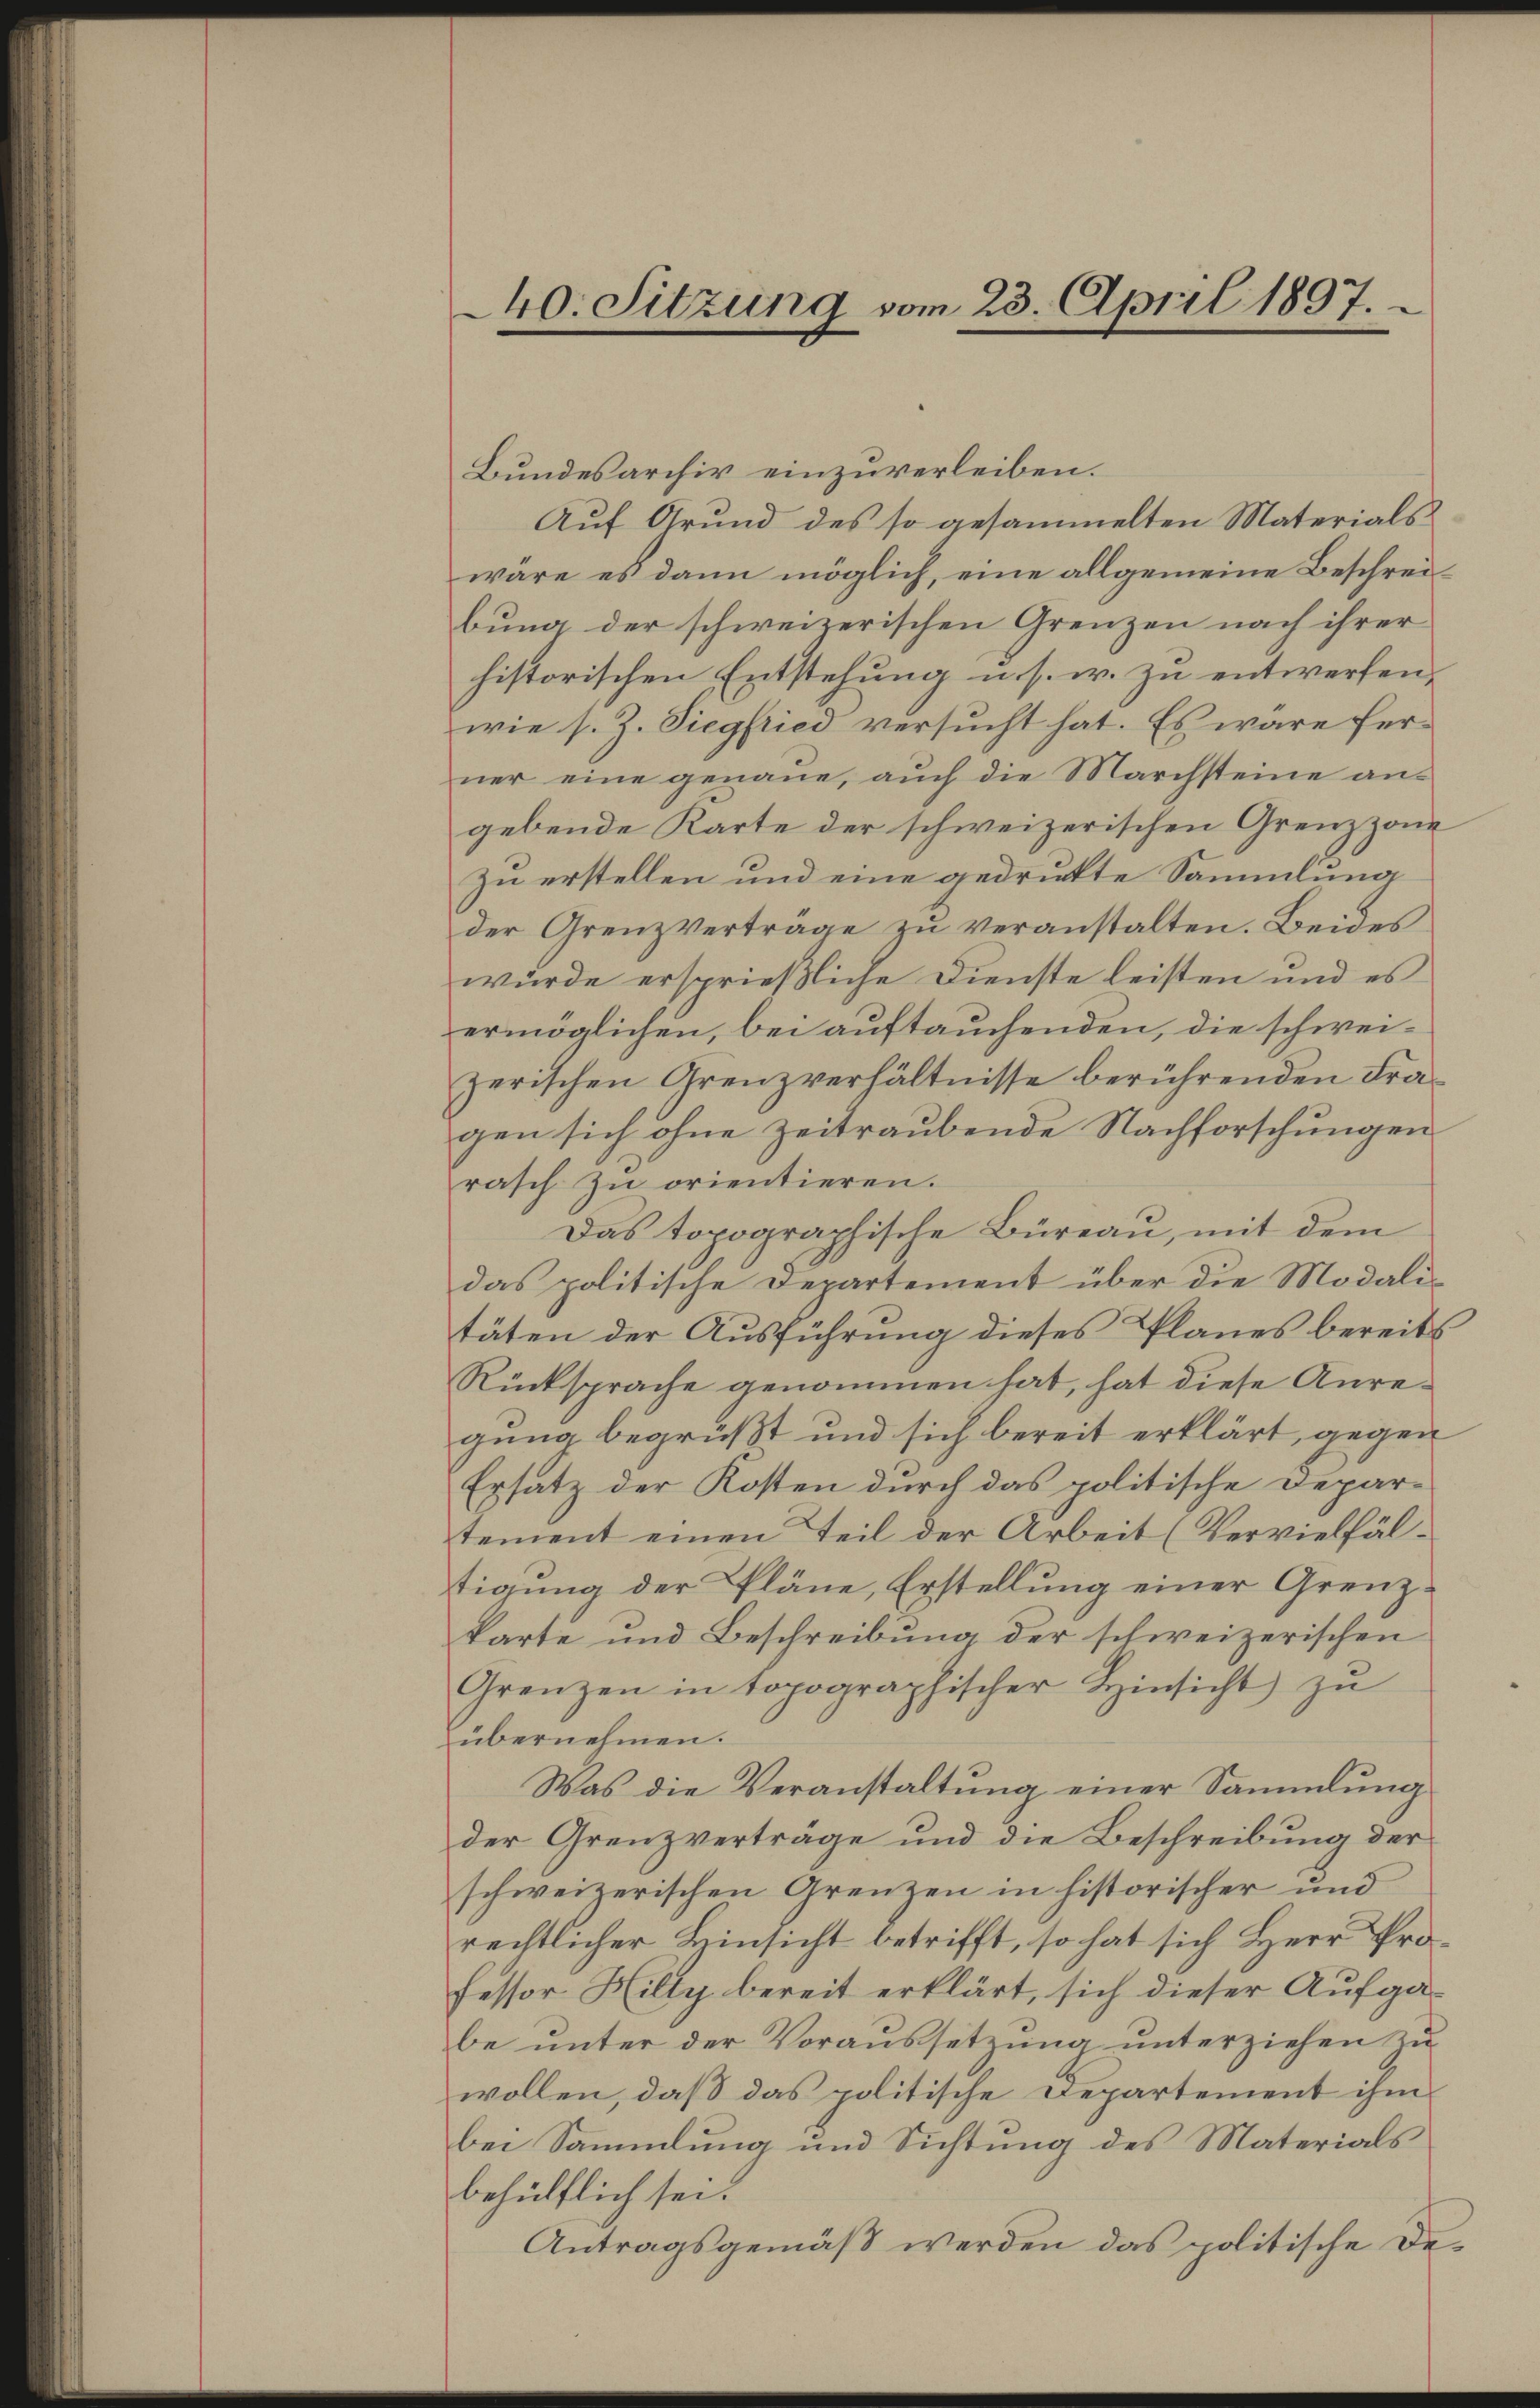
40. Sitzung vom 23. April 1897.

Bundesarchiv einzuverleiben.
Auf Grund des so gesammelten Materials
wäre es dann möglich, eine allgemeine Beschreibung der schweizerischen Grenzen nach ihrer
historischen Entstehung u. s. w. zu entwerfen,
wie s. Z. Siegfried versucht hat. Es wäre ferner eine genaue, auch die Marchsteine aus
gebende Karte der schweizerischen Grenzzone
Zu erstellen und eine gedruckte Sammlung
der Grenzverträge zŭ veranstalten. Beides
würde ersprießliche Dienste leisten und es
ermöglichen, bei auftauchenden, die schweizerischen Grenzverhältnisse berührenden Fragen sich ohne zeitraubende Nachforschungen
rasch zu orientieren.
Das topographische Büreau, mit dem
das politische Departement über die Modalitäten der Ausführung dieses Planes bereits
Rücksprache genommen hat, hat diese Anregung begrüßt und sich bereit erklärt, gegen
Ersatz der Kosten durch das politische Depar-
tement einen Teil der Arbeit (Vervielfälstigung der Pläne, Erstellung einer Grenzkarte und Beschreibung der schweizerischen
Grenzen in topographischer Hinsicht zŭ
übernehmen.
Was die Veranstaltung einer Sammlung
der Grenzverträge und die Beschreibung der
schweizerischen Grenzen in historischer und
rechtlicher Hinsicht betrifft, so hat sich Herr Professor Hilty bereit erklärt, sich dieser Aufga-
be unter der Voraussetzung unterziehen zu
wollen, daß das politische Departement ihm
bei Sammlung und Sichtung des Materials
behülflich sei.
Antragsgemäß werden das politische De¬